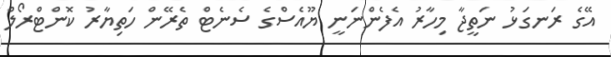
އޭގެ ރަނގަޅު ނަތީޖާ މިހާރު އެފެންނަނީ ޔޫއެސްގެ ސެނެޓް ތެރޭން ހަތިޔާރު ކޮންޓްރޯލް